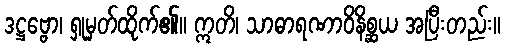
ဒဋ္ဌဗ္ဗော၊ ရှုမှတ်ထိုက်၏။ ဣတိ၊ သာဓာရဏာဝိနိစ္ဆယ အပြီးတည်း။